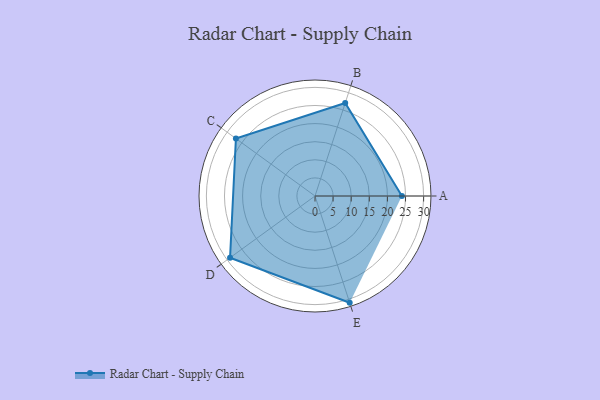
{"axis": {"x": "Skill", "y": "Score"}, "legend": ["Profile"], "data": [{"x": "A", "y": 24.0, "type": "Profile"}, {"x": "B", "y": 27.0, "type": "Profile"}, {"x": "C", "y": 27.0, "type": "Profile"}, {"x": "D", "y": 29.0, "type": "Profile"}, {"x": "E", "y": 31.0, "type": "Profile"}]}